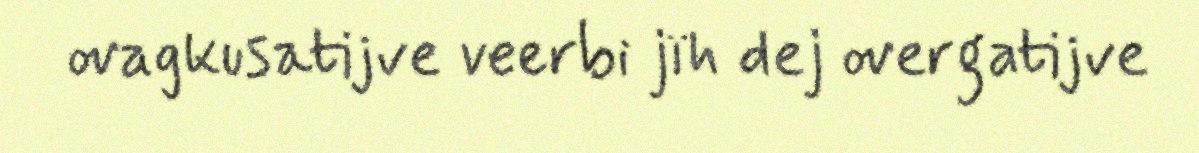
ovagkusatijve veerbi jïh dej overgatijve